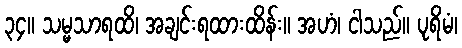
၃၄။ သမ္မသာရထိ၊ အချင်းရထားထိန်း။ အဟံ၊ ငါသည်။ ပုရိမံ၊